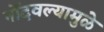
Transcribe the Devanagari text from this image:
नोंदवल्यामुळे